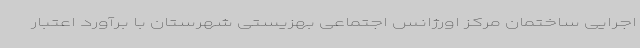
اجرایی ساختمان مرکز اورژانس اجتماعی بهزیستی شهرستان با برآورد اعتبار